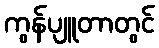
ကွန်ပျူတာတွင်